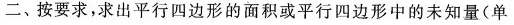
二、按要求，求出平行四边形的面积或平行四边形中的未知量(单